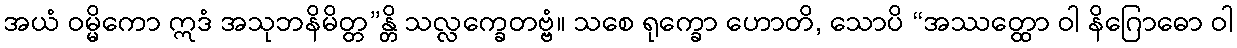
အယံ ဝမ္မိကော ဣဒံ အသုဘနိမိတ္တ”န္တိ သလ္လက္ခေတဗ္ဗံ။ သစေ ရုက္ခော ဟောတိ, သောပိ “အဿတ္ထော ဝါ နိဂြောဓော ဝါ